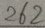
2 6 2